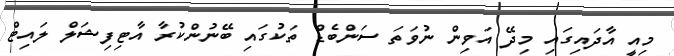
މިއީ އާދައިގައި މިދޭ އަވިން ނުވަތަ ސަންބެޑް ތަކުގައި ބޭނުންކުރާ އާޓިފިޝަލް ލައިޓް